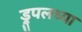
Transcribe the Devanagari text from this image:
ड्रुपलच्या